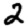
Digit: 2